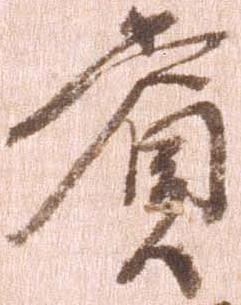
賞